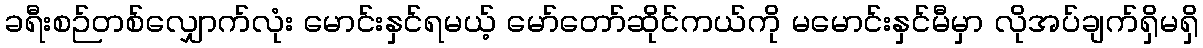
ခရီးစဉ်တစ်လျှောက်လုံး မောင်းနှင်ရမယ့် မော်တော်ဆိုင်ကယ်ကို မမောင်းနှင်မီမှာ လိုအပ်ချက်ရှိမရှိ